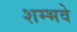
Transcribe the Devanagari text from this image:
शम्भवे